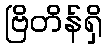
ဗြိတိန်ရှိ